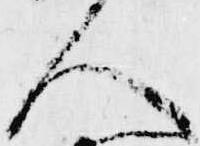
人